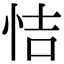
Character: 恄